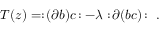
T ( z ) = : \! ( \partial b ) c \! : - \lambda : \! \partial ( b c ) \! : \ .